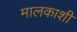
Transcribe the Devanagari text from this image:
मालकाशी